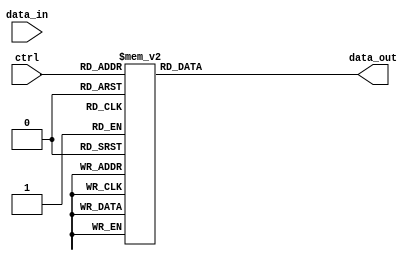
module demux_1_to_16 (
    input wire data_in,
    input wire [3:0] ctrl,
    output reg [15:0] data_out
);

always @(*) begin
    case(ctrl)
        4'b0000: data_out = 16'b0000000000000001;
        4'b0001: data_out = 16'b0000000000000010;
        4'b0010: data_out = 16'b0000000000000100;
        4'b0011: data_out = 16'b0000000000001000;
        4'b0100: data_out = 16'b0000000000010000;
        4'b0101: data_out = 16'b0000000000100000;
        4'b0110: data_out = 16'b0000000001000000;
        4'b0111: data_out = 16'b0000000010000000;
        4'b1000: data_out = 16'b0000000100000000;
        4'b1001: data_out = 16'b0000001000000000;
        4'b1010: data_out = 16'b0000010000000000;
        4'b1011: data_out = 16'b0000100000000000;
        4'b1100: data_out = 16'b0001000000000000;
        4'b1101: data_out = 16'b0010000000000000;
        4'b1110: data_out = 16'b0100000000000000;
        4'b1111: data_out = 16'b1000000000000000;
        default: data_out = 16'b0000000000000000;
    endcase
end

endmodule